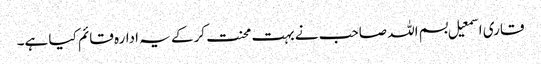
قاری اسمعیل بسم اللہ صاحب نے بہت محنت کرکے یہ ادارہ قائم کیا ہے۔